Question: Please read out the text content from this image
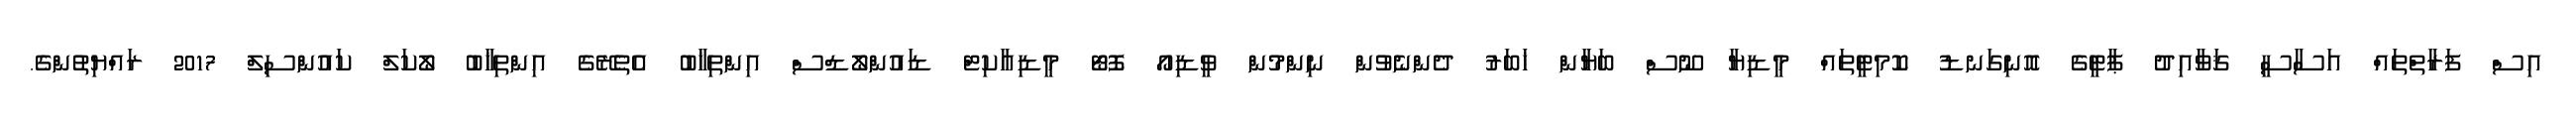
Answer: އިސް ފަރާތްތައް އަސާސީ ޤަވާއިދު ޕާޓީގެ އޮނިގަނޑު ކޮމިޓީތައް މީޑިޔާ ނޫސް ބަޔާން ޚަބަރު ދެންނެވުން ނިންމުން ވީޑިއޯ ފޮޓޯ މީޑިއާކިޓް ޑައުންލޯޑްސް އިންތިޚާބު އެތެރޭގެ އިންތިޚާބު ލޯކަލް ކައުންސިލް 2017 ރައްޔިތުންގެ.